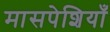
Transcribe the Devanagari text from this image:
मासपेशियाँ